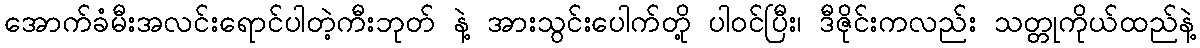
အောက်ခံမီးအလင်းရောင်ပါတဲ့ကီးဘုတ် နဲ့ အားသွင်းပေါက်တို့ ပါဝင်ပြီး၊ ဒီဇိုင်းကလည်း သတ္တုကိုယ်ထည်နဲ့